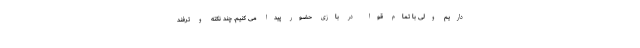
داریم ولی با تمام قوا در بازی حضور پیدا می کنیم. چند نکته و ترفند